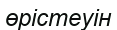
өрістеуін